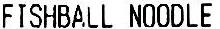
FISHBALL NOODLE